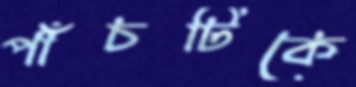
পাঁচটিকে